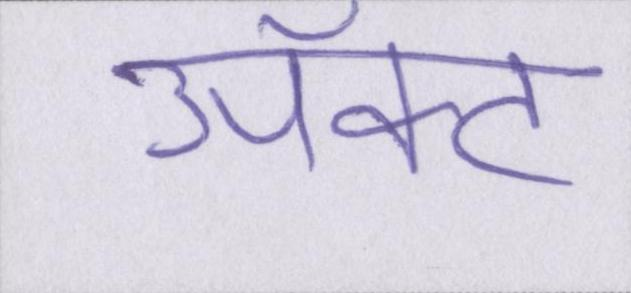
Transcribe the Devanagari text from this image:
ॲक्ट